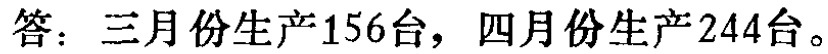
答：三月份生产156台，四月份生产244台。